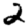
Digit: 2